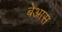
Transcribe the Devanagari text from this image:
बेआस